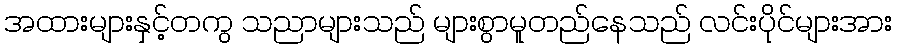
အထားများနှင့်တကွ သညာများသည် များစွာမူတည်နေသည် လင်းပိုင်များအား